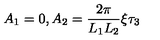
A _ { 1 } = 0 , A _ { 2 } = \frac { 2 \pi } { L _ { 1 } L _ { 2 } } \xi \tau _ { 3 }